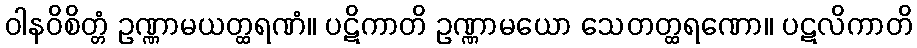
ဝါနဝိစိတ္တံ ဥဏ္ဏာမယတ္ထရဏံ။ ပဋိကာတိ ဥဏ္ဏာမယော သေတတ္ထရဏော။ ပဋလိကာတိ